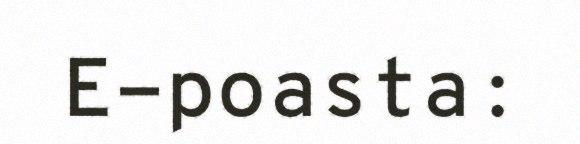
E-poasta: